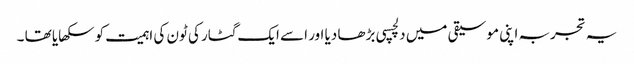
یہ تجربہ اپنی موسیقی میں دلچسپی بڑھا دیا اور اسے ایک گٹار کی ٹون کی اہمیت کو سکھایا تھا ۔